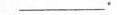
___.